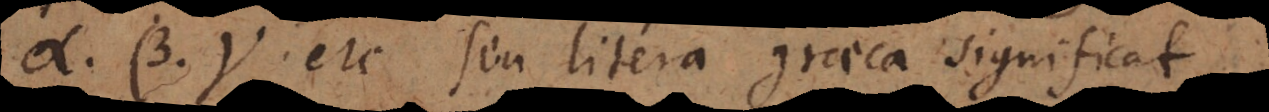
α, β, γ etc. seu litera graeca significat